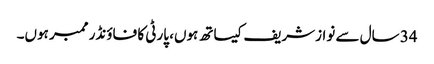
34 سال سے نوازشریف کیساتھ ہوں، پارٹی کا فاؤنڈر ممبر ہوں۔